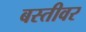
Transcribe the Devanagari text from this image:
बस्तीवर